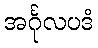
အင်္ဂုလပဒံ